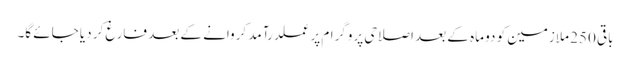
باقی 250 ملازمین کو دو ماہ کے بعد اصلاحی پروگرام پرعملدرآمد کروانے کے بعد فارغ کر دیا جائے گا۔